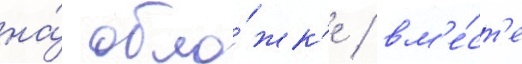
на́ обло́жк'е / вм'е́ст'е